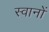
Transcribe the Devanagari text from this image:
स्वानों